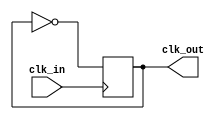
module clock_generation (
    input wire clk_in,
    output reg clk_out
    );

    always @ (posedge clk_in)
        clk_out <= ~clk_out;

endmodule